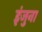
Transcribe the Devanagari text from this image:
इंजुना